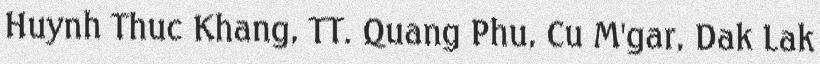
Huynh Thuc Khang, TT. Quang Phu, Cu M'gar, Dak Lak